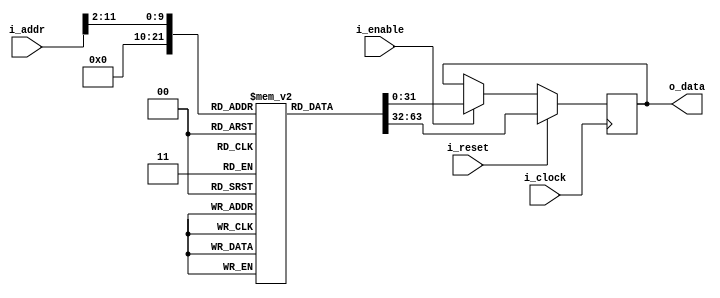
module instruction_memory
  #(
    // Parameters.
    parameter 									NB_DATA = 32,
    parameter 									N_ADDR = 2048,
    parameter 									LOG2_N_INSMEM_ADDR = clogb2(N_ADDR),
    parameter                   INIT_FILE = ""
    )
   (
    // Outputs.
    output wire [NB_DATA-1:0]           o_data,
    // Inputs.
    input wire [LOG2_N_INSMEM_ADDR-1:0] i_addr, // Signal from control unit
    input wire                          i_clock,
    input wire                          i_enable,
    input wire                          i_reset
    ) ;

   //==========================================================================
   // LOCAL PARAMETERS.
   //==========================================================================


   //==========================================================================
   // INTERNAL SIGNALS.
   //==========================================================================
   reg [NB_DATA-1:0]                    mem_bank [N_ADDR-1:0] ;
   reg [NB_DATA-1:0]                    data ;
   wire [LOG2_N_INSMEM_ADDR-2-1:0]      truncated_addr;                   

   //==========================================================================
   // ALGORITHM.
   //==========================================================================
   assign truncated_addr = i_addr[LOG2_N_INSMEM_ADDR-1:2];
   
   //  | 15 Opcode 11 | 10 Operand 0 | Instruction format
   generate
      if (INIT_FILE != "") begin: use_init_file
         initial
           $readmemb(INIT_FILE, mem_bank, 0, N_ADDR-1);
      end else begin: init_bram_to_zero
         integer ram_index;
         initial
           for (ram_index = 0; ram_index < N_ADDR; ram_index = ram_index + 1)
             mem_bank[ram_index] = {(NB_DATA){1'b0}};
      end
   endgenerate

   assign o_data = data ;

   always @ (posedge i_clock)
     begin
        if (i_reset)
          data <= mem_bank[0];
        else if (i_enable)
          data <= mem_bank[truncated_addr];
     end

   function integer clogb2;
      input integer                   depth;
      for (clogb2=0; depth>0; clogb2=clogb2+1)
        depth = depth >> 1;
   endfunction

endmodule